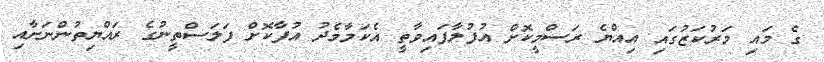
ގެ މައި މަރުކަޒުގައި އިއްޔެ ރަސްމީކޮށް އުފުލާފައިވާތީ އެކަމާމެދު އުފާކޮށް ފަލަސްތީނުގެ ރައްޔިތުންނަށާއި